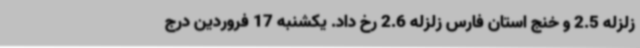
زلزله 2.5 و خنج استان فارس زلزله 2.6 رخ داد. یکشنبه 17 فروردین درج